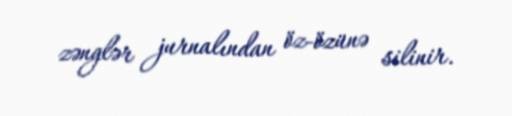
zənglər jurnalından öz-özünə silinir.